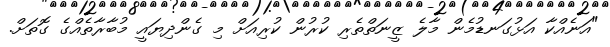
"އަނެއްކާ އަޅުގަނޑުމެން މާލެ ޒީނަތްތެރި ކުރުން ކުރިއަށް މި ގެންދިޔައީ މުބާރާތެއްގެ ގޮތަށް.